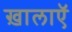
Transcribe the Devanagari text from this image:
ख़ालाएॅ